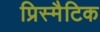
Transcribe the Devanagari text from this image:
प्रिस्मैटिक